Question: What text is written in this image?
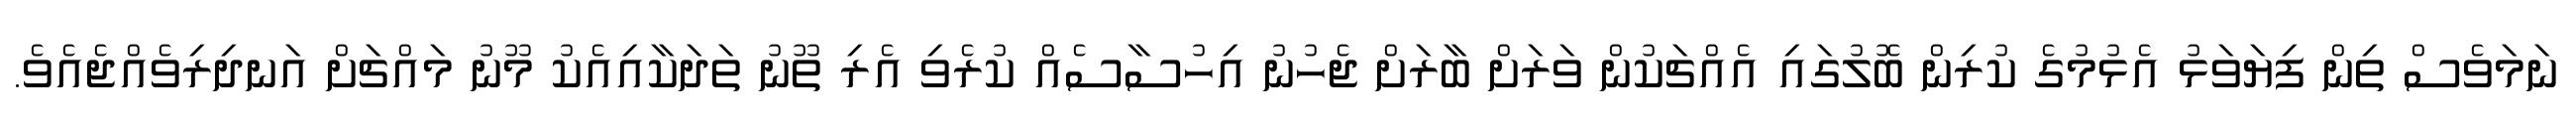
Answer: ނަމަވެސް ތިން ފިޔަވަޅު އެޅުމުގެ ކުރިން ބޮލުގައި އެއްޗަކުން ވަރަށް ބާރަށް ޖެހުނު އިހުސާސެއް ކުރެވި އެރި ތޫނު ތަދަކާއިއެކު މޫނު މައްޗަށް އަނދިރިވެއްޖެއެވެ.